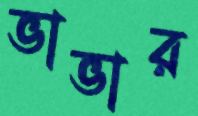
ভাভার